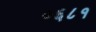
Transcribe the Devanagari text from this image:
०६८१